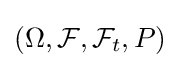
(\Omega ,{\mathcal {F}},{\mathcal {F}}_{t},P)